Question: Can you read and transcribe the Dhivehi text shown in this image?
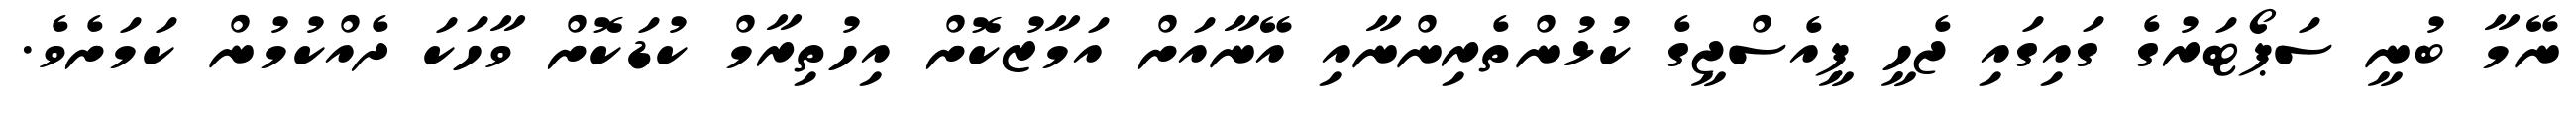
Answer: ނޭމާ ބުނީ ސަޕޯޓަރުގެ ގައިގައި ޖެހީ ޕީއެސްޖީގެ ކުޅުންތެރިންނާއި އޭނާއަށް އަމާޒުކޮށް އިހުތިރާމް ކުޑަކޮށް ވާހަކަ ދެއްކުމުން ކަމަށެވެ.